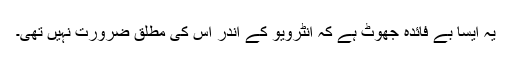
یہ ایسا بے فائدہ جھوٹ ہے کہ انٹرویو کے اندر اس کی مطلق ضرورت نہیں تھی۔